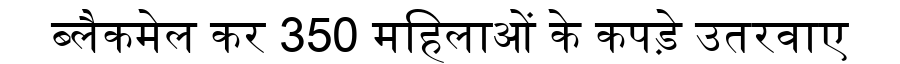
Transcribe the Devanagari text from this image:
ब्लैकमेल कर 350 महिलाओं के कपड़े उतरवाए